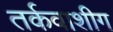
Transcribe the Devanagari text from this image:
तर्कवाशीग